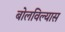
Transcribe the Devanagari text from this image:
बोलविल्यास